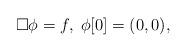
LaTeX: \begin{align*} \Box \phi= f, \; \phi[0]= (0, 0),\end{align*}